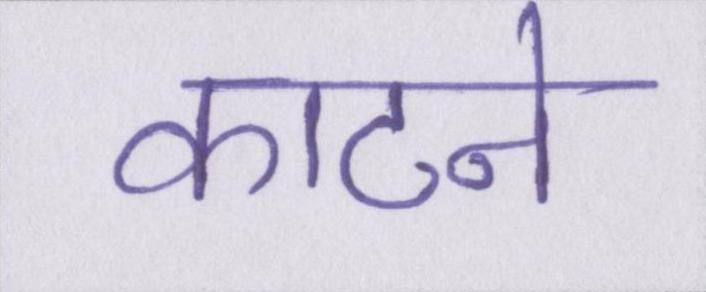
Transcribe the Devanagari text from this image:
काटने